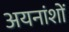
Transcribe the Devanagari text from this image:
अयनांशों